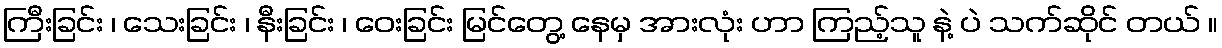
ကြီးခြင်း ၊ သေးခြင်း ၊ နီးခြင်း ၊ ဝေးခြင်း မြင်တွေ့ နေမှ အားလုံး ဟာ ကြည့်သူ နဲ့ ပဲ သက်ဆိုင် တယ် ။